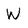
Character: W